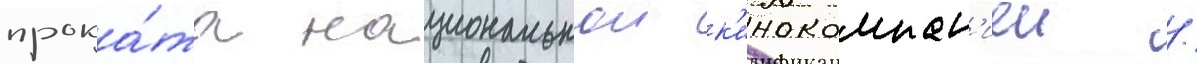
прока́та национальнои к'инокомпан'иеи /